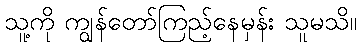
သူ့ကို ကျွန်တော်ကြည့်နေမှန်း သူမသိ။